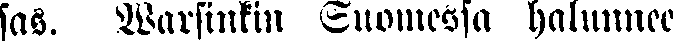
sas. Warsinkin Suomessa halunnee